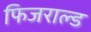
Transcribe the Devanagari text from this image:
फिजराल्ड